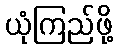
ယုံကြည်ဖို့